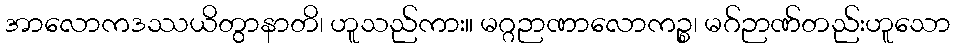
အာလောကဒဿယိတွာနာတိ၊ ဟူသည်ကား။ မဂ္ဂဉာဏာလောကဉ္စ၊ မဂ်ဉာဏ်တည်းဟူသော